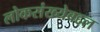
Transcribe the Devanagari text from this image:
लोकसंख्येबद्दल